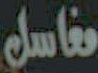
مغاسل